Civil Veterinary Dept. Assam report 1927-50 - 1927-1950
Year: 1927
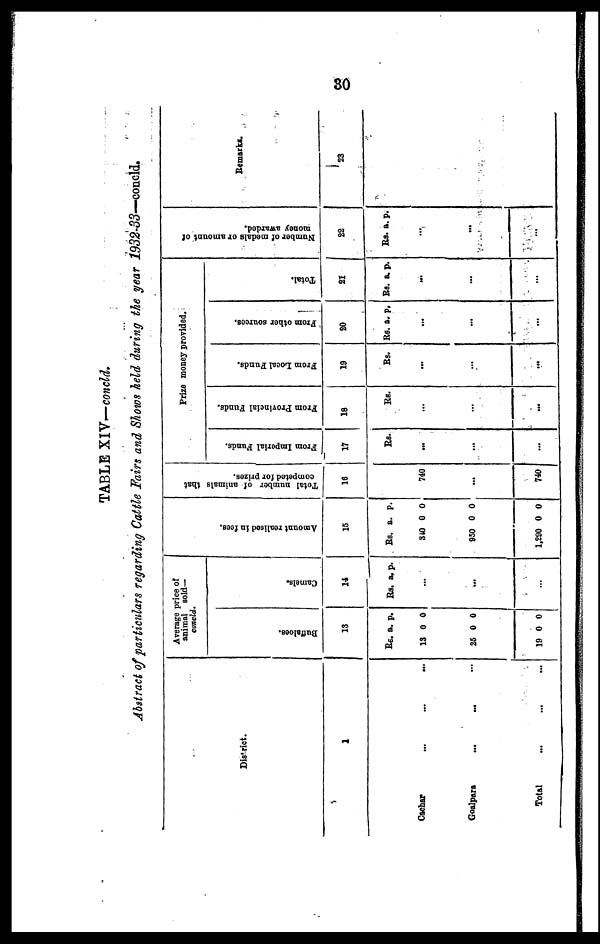
80
TABLE XIV—concld.
Abstract of particulars regarding Cattle Fairs and Shows held during the year 1932-33—concld.
District.
1
Cachar ... ... ...
Goalpara
... ... ...
Total ... ... ...
Average price of
animals sold—
concld.
Buf f
a l
oe s
13
Rs.
13
25
19
a.
0
0
0
p.
0
0
0
Camels.
14
Rs. a. p.
...
...
...
Amo u n t realised in fees.
15
Rs.
840
9S0
1,290
a.
0
0
0
p.
0
0
0
Tot al number of animals that
competed for prizes.
16
740
...
740
Prize money provided.
From Imperial Funds.
17
Rs.
...
...
...
From Provincial Funds.
18
Rs.
...
...
...
From Local Funds.
19
Rs.
...
...
...
From other sources.
20
Rs. a. p.
...
...
...
Total.
21
Rs. a. p.
...
...
...
Nu mb e r of m e d a l s or amount of
mo n e y awarded.
22
Rs. a. p.
...
...
...
Remarks.
23